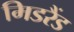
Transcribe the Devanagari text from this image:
मिडरैंड